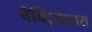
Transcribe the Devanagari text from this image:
बैक्ट्रियानस